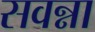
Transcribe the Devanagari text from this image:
सवन्ना